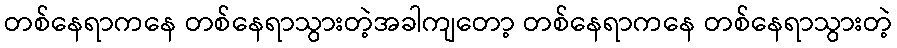
တစ်နေရာကနေ တစ်နေရာသွားတဲ့အခါကျတော့ တစ်နေရာကနေ တစ်နေရာသွားတဲ့